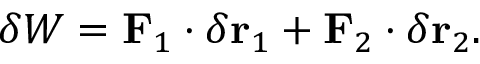
\delta W = \mathbf { F } _ { 1 } \cdot \delta \mathbf { r } _ { 1 } + \mathbf { F } _ { 2 } \cdot \delta \mathbf { r } _ { 2 } .